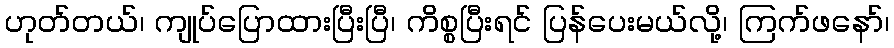
ဟုတ်တယ်၊ ကျုပ်ပြောထားပြီးပြီ၊ ကိစ္စပြီးရင် ပြန်ပေးမယ်လို့၊ ကြက်ဖနော်၊